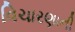
વિચારણાની